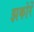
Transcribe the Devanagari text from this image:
झकोरें